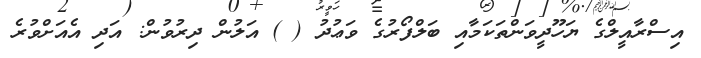
އިސްރާއީލްގެ ޔަހޫދީވަންތަކަމާއި ބަލްފޯރުގެ ވަޢުދު ( ) އަލުން ދިރުވުން: އަދި އެއަށްވުރެ